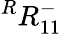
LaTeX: {}^{R}{R}_{1{1}}^{-}